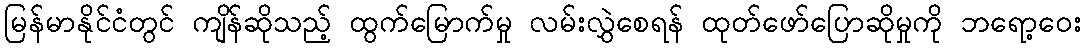
မြန်မာနိုင်ငံတွင် ကျိန်ဆိုသည့် ထွက်မြောက်မှု လမ်းလွှဲစေရန် ထုတ်ဖော်ပြောဆိုမှုကို ဘရော့ဝေး